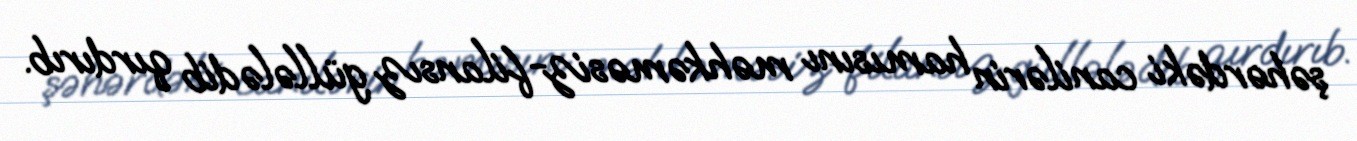
şəhərdəki canilərin hamısını məhkəməsiz-filansız güllələdib qırdırıb.